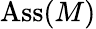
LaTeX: \mathrm{Ass}(M)